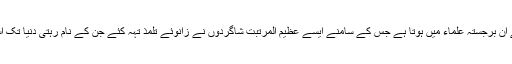
آفتاب فقاہت آقا ضیاء الدین عراقی کا شمار اپنے زمانہ کے ان برجستہ علماء میں ہوتا ہے جس کے سامنے ایسے عظیم المرتبت شاگردوں نے زانوئے تلمذ تہہ کئے جن کے نام رہتی دنیا تک آسمان حوزہ پر آفتاب عالمتاب کی طرح چمکتے رہیں گے۔